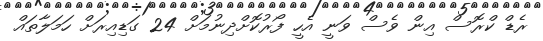
ރެޑް ކްރޮސް އިން ވެސް ވަނީ އެހީ ފޯރުކޮށްދިނުމަށް 24 ގަޑިއިރަށް ހަމަލާތައް